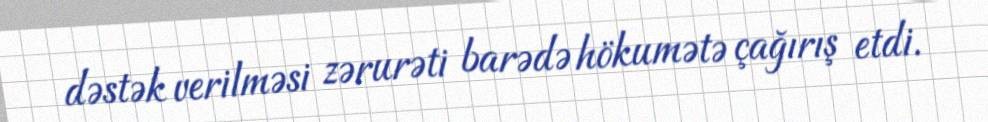
dəstək verilməsi zərurəti barədə hökumətə çağırış etdi.